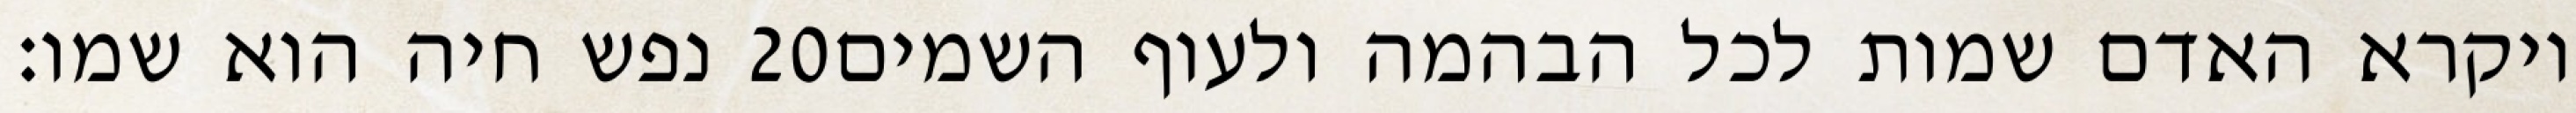
נפש חיה הוא שמו׃ ‎20‏ ויקרא האדם שמות לכל הבהמה ולעוף השמים